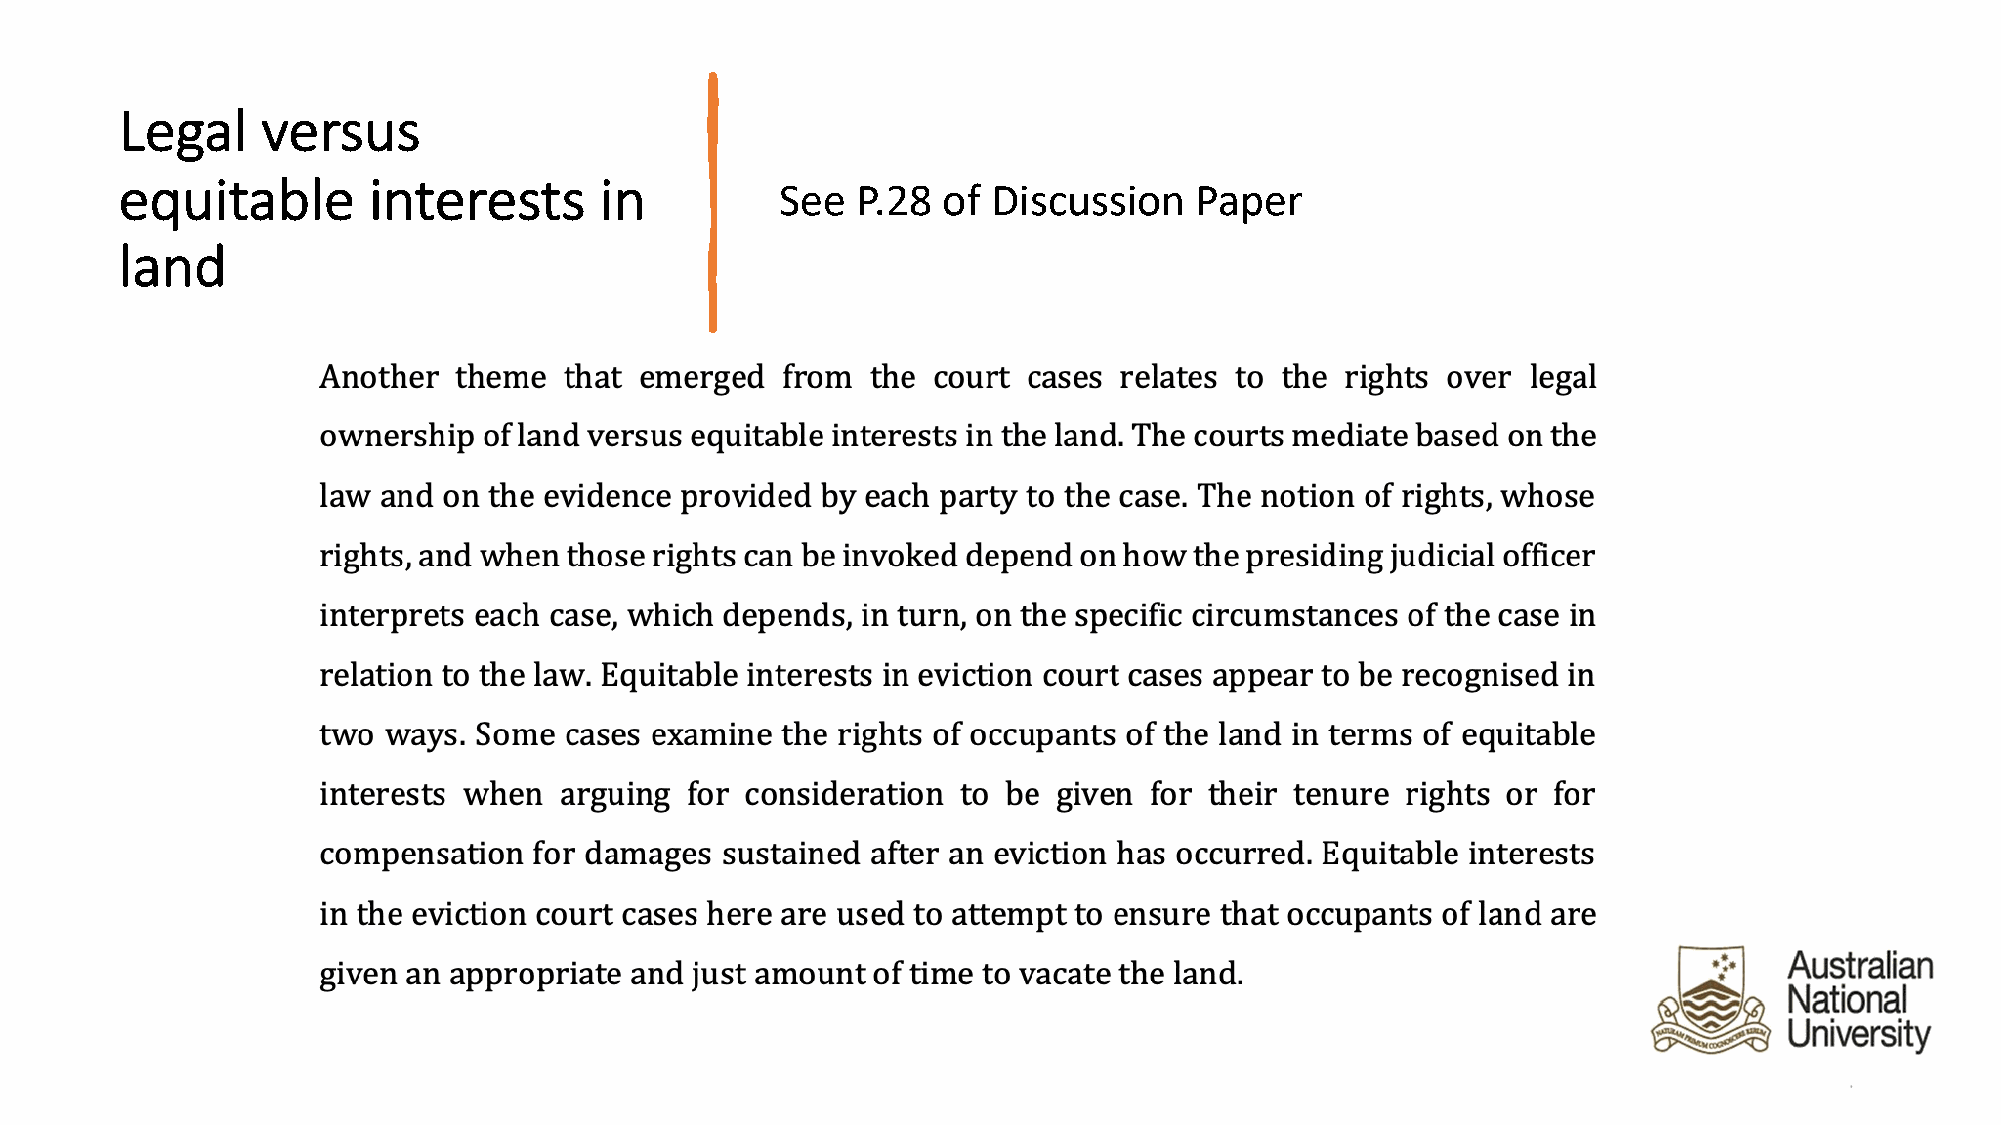
Legal    versus
 equitable       interests       in
 See  P.28 of  Discussion   Paper
 land